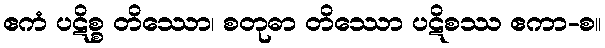
ဧကံ ပဋိစ္စ တိဿော၊ စတုဓာ တိဿော ပဋိစဿ ဧကာ-စ။